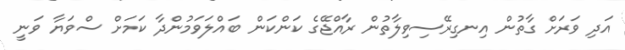
އަދި ވަރަށް ގާތުން އިނގިރޭސިވިލާތުން ރާއްޖޭގެ ކަންކަން ބައްލަވަމުންދާ ކަމަށް ސްވަޔާ ވަނީ